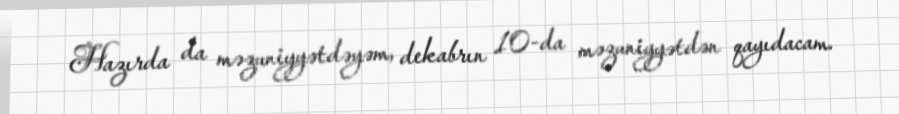
Hazırda da məzuniyyətdəyəm, dekabrın 10-da məzuniyyətdən qayıdacam.